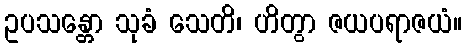
ဥပသန္တော သုခံ သေတိ၊ ဟိတွာ ဇယပရာဇယံ။